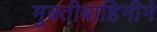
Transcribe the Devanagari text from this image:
मुक्तीबाहिनीने